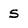
Character: s